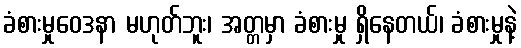
ခံစားမှုဝေဒနာ မဟုတ်ဘူး၊ အတ္တမှာ ခံစားမှု ရှိနေတယ်၊ ခံစားမှုနဲ့